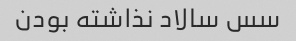
سس سالاد نذاشته بودن